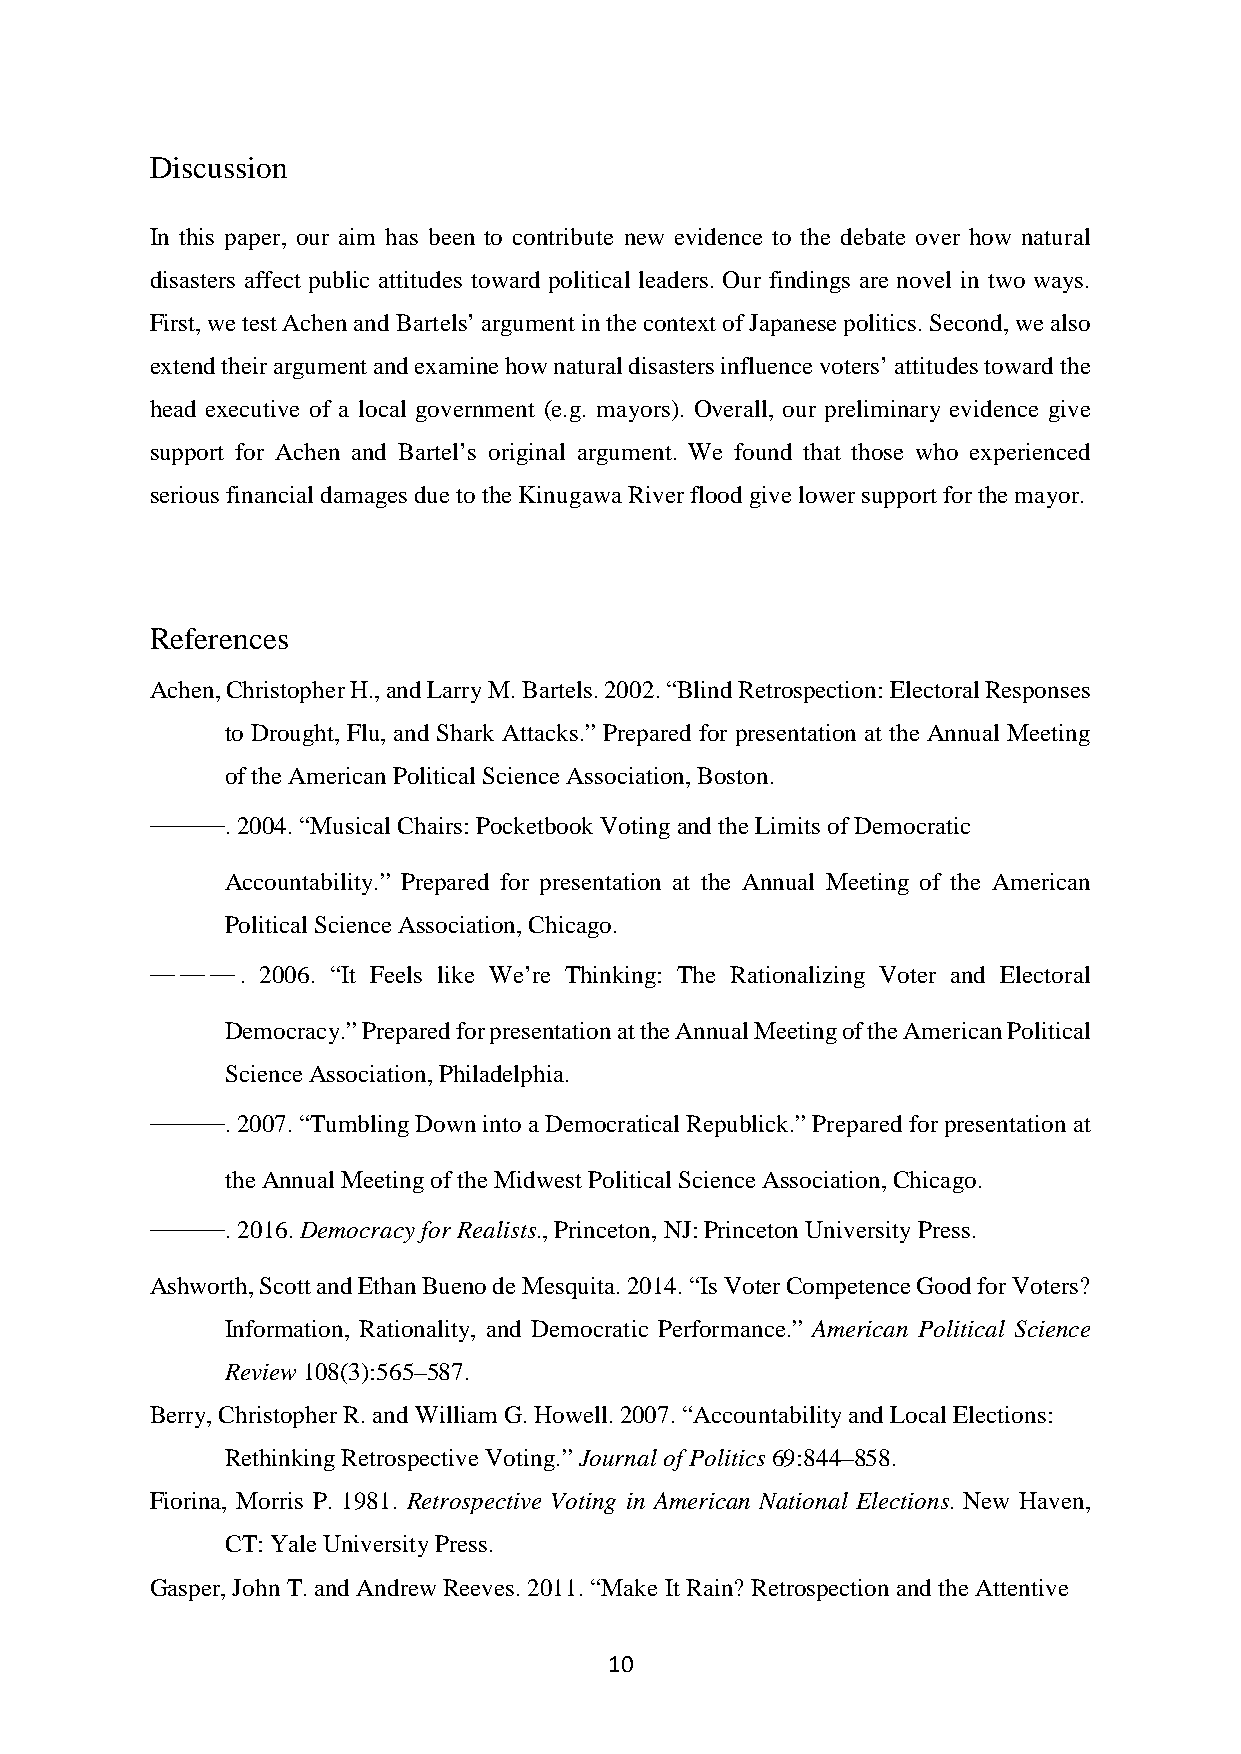
Discussion
 In this paper, our aim has been to contribute new evidence to the debate over how natural
 disasters affect public attitudes toward political leaders. Our findings are novel in two ways.
 First, we test Achen and Bartels’ argument in the context of Japanese politics. Second, we also
 extend their argument and examine how natural disasters influence voters’ attitudes toward the
 head executive of a local government (e.g. mayors). Overall, our preliminary evidence give
 support for Achen and Bartel’s original argument. We found that those who experienced
 serious financial damages due to the Kinugawa River flood give lower support for the mayor.
 References
 Achen, Christopher H., and Larry M. Bartels. 2002. “Blind Retrospection: Electoral Responses
 to Drought, Flu, and Shark Attacks.” Prepared for presentation at the Annual Meeting
 of the American Political Science Association, Boston.
 ———.  2004. “Musical Chairs: Pocketbook Voting and the Limits of Democratic
 Accountability.” Prepared for presentation at the Annual Meeting of the American
 Political Science Association, Chicago.
 ———.   2006. “It Feels like We’re Thinking: The Rationalizing Voter and Electoral
 Democracy.” Prepared for presentation at the Annual Meeting of the American Political
 Science Association, Philadelphia.
 ———.  2007. “Tumbling Down into a Democratical Republick.” Prepared for presentation at
 the Annual Meeting of the Midwest Political Science Association, Chicago.
 ———.  2016. Democracy for Realists., Princeton, NJ: Princeton University Press.
 Ashworth, Scott and Ethan Bueno de Mesquita. 2014. “Is Voter Competence Good for Voters?
 Information, Rationality, and Democratic Performance.” American Political Science
 Review 108(3):565–587.
 Berry, Christopher R. and William G. Howell. 2007. “Accountability and Local Elections:
 Rethinking Retrospective Voting.” Journal of Politics 69:844–858.
 Fiorina, Morris P. 1981. Retrospective Voting in American National Elections. New Haven,
 CT: Yale University Press.
 Gasper, John T. and Andrew Reeves. 2011. “Make It Rain? Retrospection and the Attentive
 10